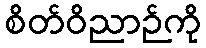
စိတ်ဝိညာဉ်ကို